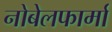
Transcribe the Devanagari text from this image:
नोबेलफार्मा